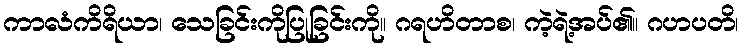
ကာလံကိရိယာ၊ သေခြင်းကိုပြုခြင်းကို။ ဂရဟိတာစ၊ ကဲ့ရဲ့အပ်၏။ ဂဟပတိ၊